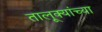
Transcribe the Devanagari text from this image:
तालूक्यांच्या